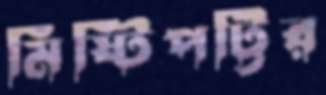
মিষ্টিপট্টির